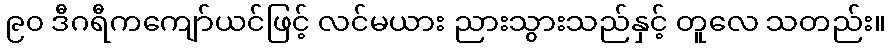
၉၀ ဒီဂရီကကျော်ယင်ဖြင့် လင်မယား ညားသွားသည်နှင့် တူလေ သတည်း။